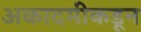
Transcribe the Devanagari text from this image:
अकादमीकडून